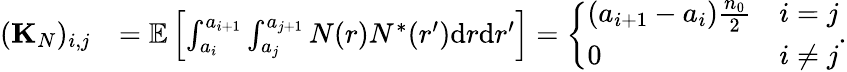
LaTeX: \begin{array}{rl}{({\mathbf K}_{N})_{i,j}}&{={\mathbb E}\left[\int_{a_{i}}^{a_{i+1}}\int_{a_{j}}^{a_{j+1}}N(r)N^{*}(r^{\prime})\mathrm{d}r\mathrm{d}r^{\prime}\right]=\left\{ \begin{array}{ll}{(a_{i+1}-a_{i})\frac{n_{0}}{2}}&{i=j}\\ {0}&{i\ne j}\end{array}\right..}\end{array}